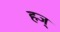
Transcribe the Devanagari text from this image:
हज्